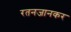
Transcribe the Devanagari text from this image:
रतनजानकर